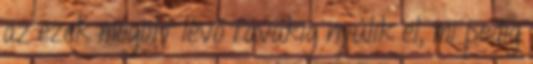
az ezek mögött lévő tavakig nyúlik el, mi pedig